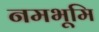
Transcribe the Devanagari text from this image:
नमभूमि